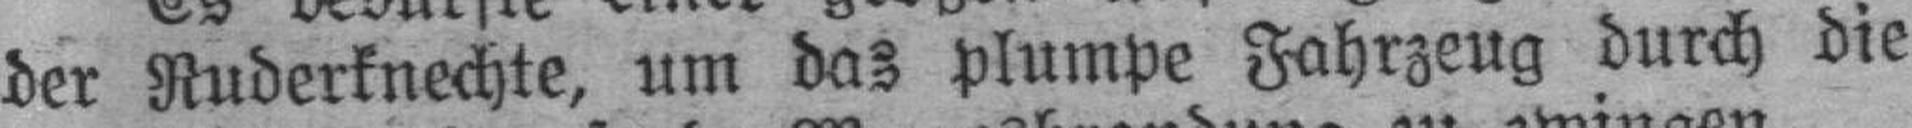
der Ruderknechte, um das plumpe Fahrzeug durch die